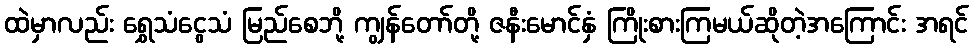
ထဲမှာလည်း ရွှေသံငွေသံ မြည်စေဘို့ ကျွန်တော်တို့ ဇနီးမောင်နှံ ကြိုးစားကြမယ်ဆိုတဲ့အကြောင်း အရင်